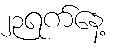
၂၃ရက်နေ့